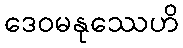
ဒေဝမနုဿေဟိ